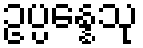
ဥပ္ပန္နေသု